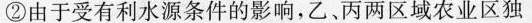
②由于受有利水源条件的影响，乙、丙两区域农业区独